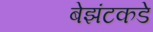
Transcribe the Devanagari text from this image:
बेझंटकडे